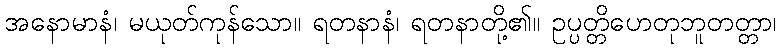
အနောမာနံ၊ မယုတ်ကုန်သော။ ရတနာနံ၊ ရတနာတို့၏။ ဥပ္ပတ္တိဟေတုဘူတတ္တာ၊